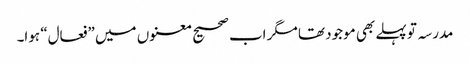
مدرسہ تو پہلے بھی موجود تھا مگر اب صحیح معنوں میں ”فعال“ ہوا۔